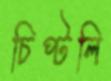
চিপ্‌টলি